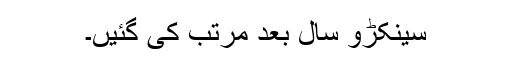
سینکڑو سال بعد مرتب کی گئیں۔